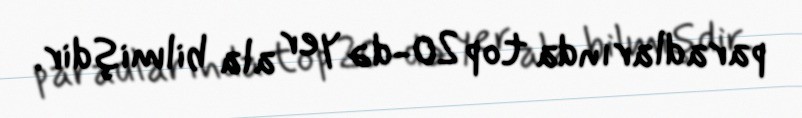
paradlarında top 20-də yer ala bilmişdir.